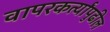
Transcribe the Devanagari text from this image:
वापरकर्त्यांपुढील